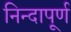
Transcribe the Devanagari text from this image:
निन्दापूर्ण